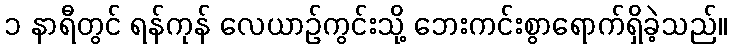
၁ နာရီတွင် ရန်ကုန် လေယာဉ်ကွင်းသို့ ဘေးကင်းစွာရောက်ရှိခဲ့သည်။